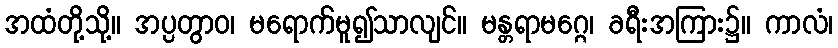
အထံတို့သို့။ အပ္ပတွာဝ၊ မရောက်မူ၍သာလျင်။ မန္တရာမဂ္ဂေ၊ ခရီးအကြား၌။ ကာလံ၊